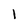
Character: 1